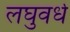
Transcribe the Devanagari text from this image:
लघुवर्ध